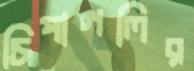
চিপাগলির